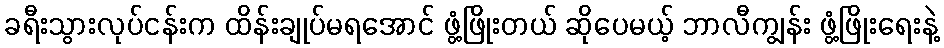
ခရီးသွားလုပ်ငန်းက ထိန်းချုပ်မရအောင် ဖွံ့ဖြိုးတယ် ဆိုပေမယ့် ဘာလီကျွန်း ဖွံ့ဖြိုးရေးနဲ့